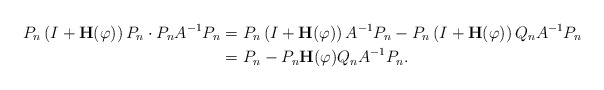
\begin{align*}P_{n}\left( I+\mathbf{H}(\varphi)\right) P_{n}\cdot P_{n}A^{-1}P_{n} &=P_{n}\left( I+\mathbf{H}(\varphi)\right) A^{-1}P_{n}-P_{n}\left(I+\mathbf{H}(\varphi)\right) Q_{n}A^{-1}P_{n}\\& =P_{n}-P_{n}\mathbf{H}(\varphi)Q_{n}A^{-1}P_{n}. \end{align*}